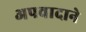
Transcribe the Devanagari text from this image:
अपवादाने